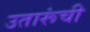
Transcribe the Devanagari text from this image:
उतारूंची